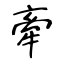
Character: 牽